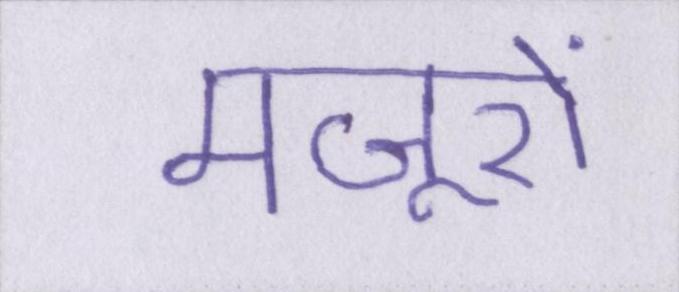
मजूरों